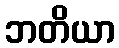
ဘတိယာ